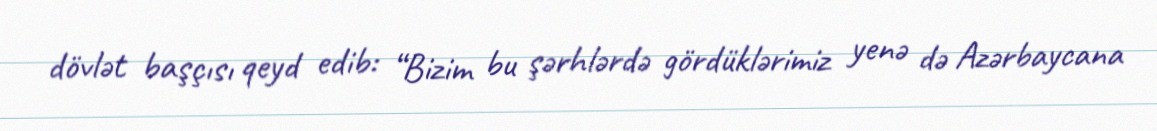
dövlət başçısı qeyd edib: “Bizim bu şərhlərdə gördüklərimiz yenə də Azərbaycana